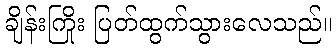
ချိန်းကြိုး ပြတ်ထွက်သွားလေသည်။